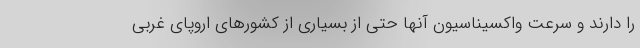
را دارند و سرعت واکسیناسیون آنها حتی از بسیاری از کشورهای اروپای غربی